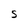
Character: S